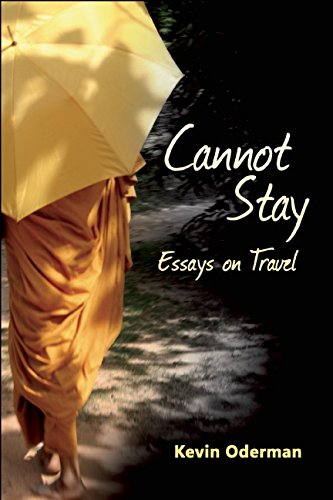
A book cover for Cannot Stay: Essays on Travel; Kevin Oderman; Travel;